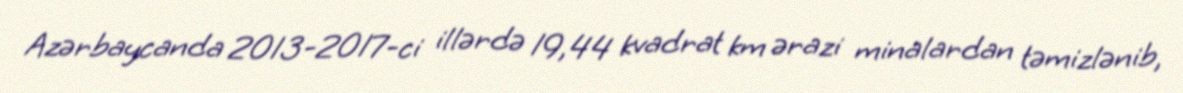
Azərbaycanda 2013-2017-ci illərdə 19,44 kvadrat km ərazi minalardan təmizlənib,